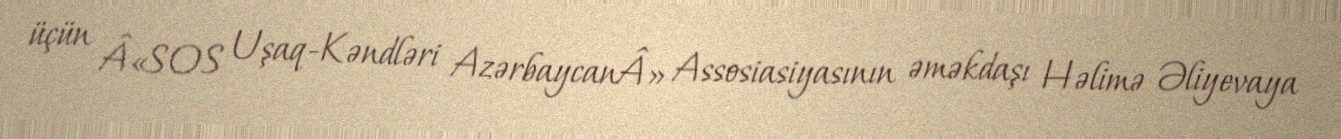
üçün Â«SOS Uşaq-Kəndləri AzərbaycanÂ» Assosiasiyasının əməkdaşı Həlimə Əliyevaya